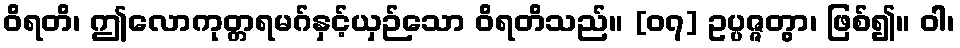
ဝိရတိ၊ ဤလောကုတ္တရမဂ်နှင့်ယှဉ်သော ဝိရတိသည်။ [၀၇] ဥပ္ပဇ္ဇတွာ၊ ဖြစ်၍။ ဝါ၊